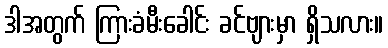
ဒါအတွက် ကြားခံမီးခေါင်း ခင်ဗျားမှာ ရှိသလား။